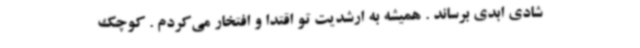
شادی ابدی برساند . همیشه به ارشدیت تو اقتدا و افتخار می‌کردم . کوچک